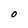
Character: O